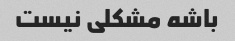
باشه مشکلی نیست